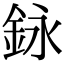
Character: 𨥭